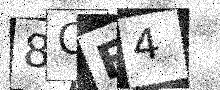
Text: 8OE4